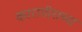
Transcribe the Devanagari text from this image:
कारागीराच्या